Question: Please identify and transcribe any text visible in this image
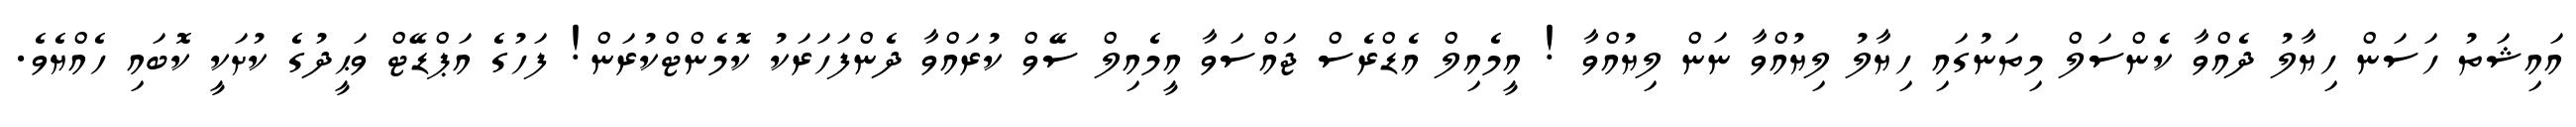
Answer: އައިޝަތު ހަސަން ހިޔާލު ދެއްވާ ކެންސަލް މިތަނުގައި ހިޔާލު ލިޔުއްވާ ނަން ލިޔުއްވާ ! އީމެއިލް އެޑްރެސް ޖައްސަވާ އީމެއިލް ސޭވް ކުރައްވާ ދެންފަހަރަކު ކޮމެންޓްކުރަން! ފަހުގެ އަޕްޑޭޓް ވަޙީދުގެ ކުށަކީ ކޮބައި ހެއްޔެވެ.